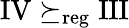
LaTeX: \mathrm{IV}\succeq_{\mathrm{reg}}\mathrm{III}